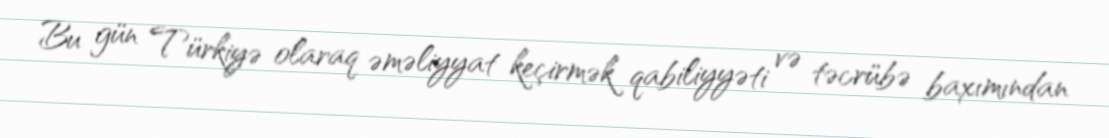
Bu gün Türkiyə olaraq əməliyyat keçirmək qabiliyyəti və təcrübə baxımından